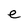
Character: e